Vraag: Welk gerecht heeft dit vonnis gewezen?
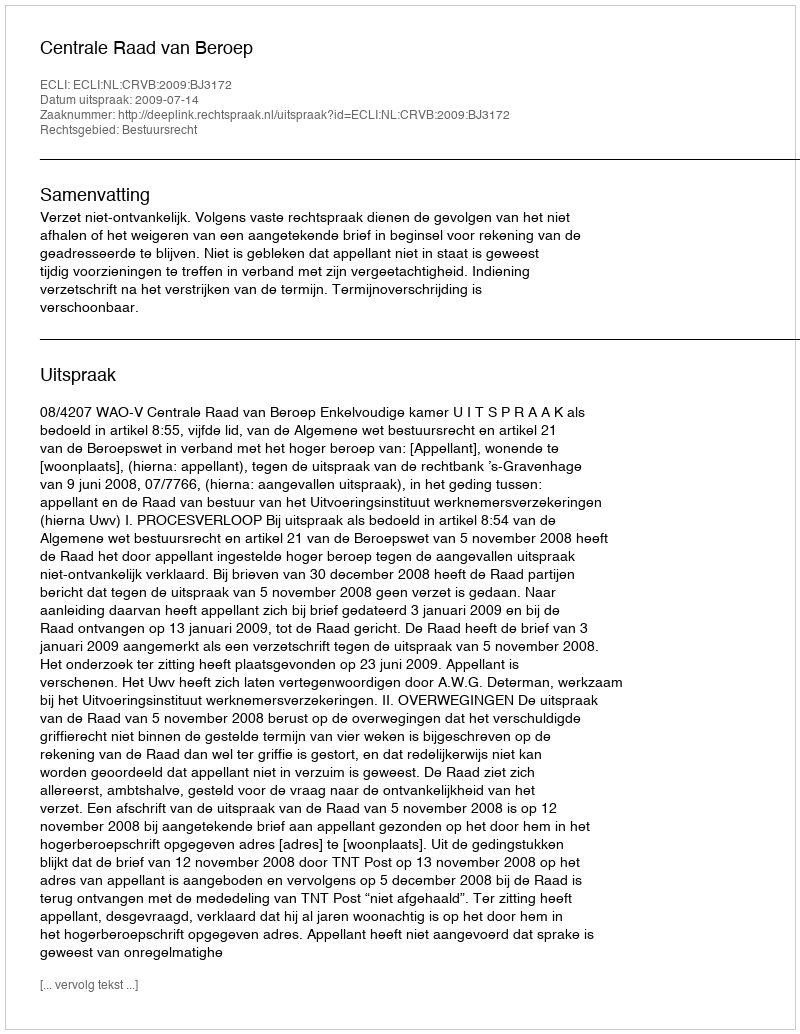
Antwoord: Centrale Raad van Beroep